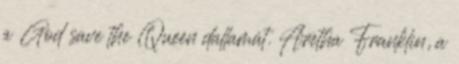
a God save the Queen dallamát. Aretha Franklin, a